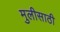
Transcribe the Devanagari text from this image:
मुलीसाठी